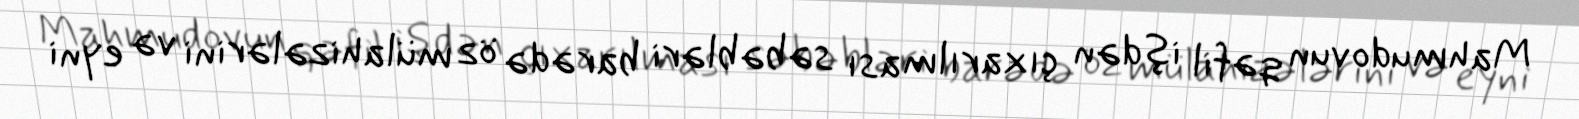
Mahmudovun qəfil işdən çıxarılması səbəbləri barədə öz mülahizələrini və eyni